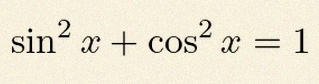
\sin^2x+\cos^2x=1